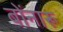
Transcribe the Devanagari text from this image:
बोंनारू